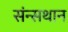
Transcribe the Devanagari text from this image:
संन्सथान